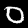
Label: 0